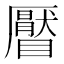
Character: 𥌅